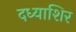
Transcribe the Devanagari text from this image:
दध्याशिर